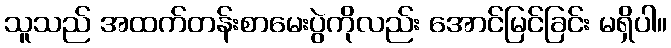
သူသည် အထက်တန်းစာမေးပွဲကိုလည်း အောင်မြင်ခြင်း မရှိပါ။